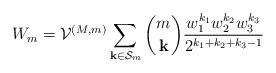
LaTeX: \begin{align*}W_m=\mathcal{V}^{(M,m)} \sum_{\mathbf{k} \in \mathcal{S}_m}\binom{m}{\mathbf{k}}\frac{w_1^{k_1}w_2^{k_2}w_3^{k_3}}{2^{k_1+k_2+k_3-1}}\end{align*}